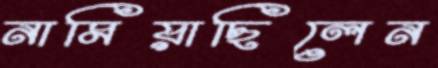
নামিয়াছিলেন